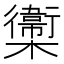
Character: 𣟉